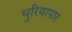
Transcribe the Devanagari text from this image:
धुरियापार